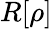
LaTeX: R[\rho]